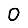
Digit: 0